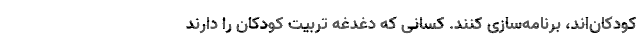
کودکان‌اند، برنامه‌سازی کنند. کسانی که دغدغه تربیت کودکان را دارند